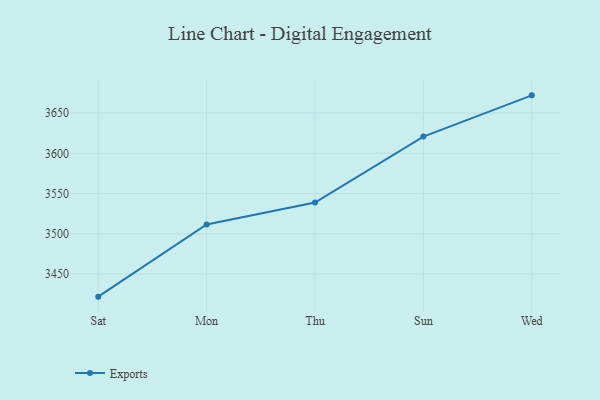
{"axis": {"x": "Day", "y": "Market Share (%)"}, "legend": ["Exports"], "data": [{"x": "Sat", "y": 3421.9, "type": "Exports"}, {"x": "Mon", "y": 3511.5, "type": "Exports"}, {"x": "Thu", "y": 3538.9, "type": "Exports"}, {"x": "Sun", "y": 3620.8, "type": "Exports"}, {"x": "Wed", "y": 3672.0, "type": "Exports"}]}